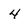
Character: 4